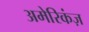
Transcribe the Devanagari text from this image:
अमेरिकंज़